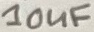
Text: 10uF